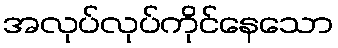
အလုပ်လုပ်ကိုင်နေသော